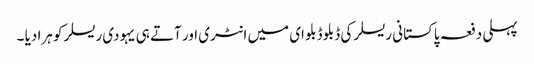
پہلی دفعہ پاکستانی ریسلر کی ڈبلو ڈبلو ای میں انٹری اور آتے ہی یہودی ریسلر کو ہرا دیا ۔